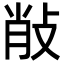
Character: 𢼼